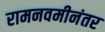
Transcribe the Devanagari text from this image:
रामनवमीनंतर